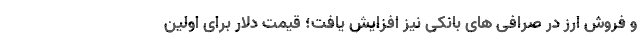
و فروش ارز در صرافی های بانکی نیز افزایش یافت؛ قیمت دلار برای اولین